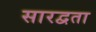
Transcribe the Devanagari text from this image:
सारद्वता